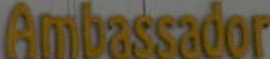
Ambassador